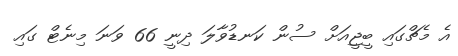
އެ މެޗްގައި ބީޖީއަށް ސުން ކަނޑުވާލަ ދިނީ 66 ވަނަ މިނެޓް ގައި